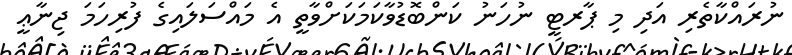
ނުރައްކާތެރި އަދި މި ޕާރޓީ ނުހަނު ކަންބޮޑުވާކަމަކަށްވާތީ އެ މައްސަލައިގެ ފުރިހަމަ ޖިނާޢީ